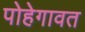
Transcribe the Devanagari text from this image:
पोहेगावत